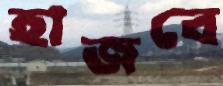
হাজবে